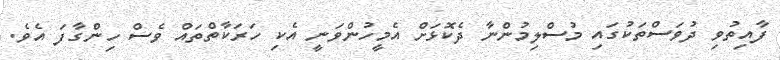
ފާއިތުވި ދުވަސްތަކުގައި މުސްލިމުންނާ ދެކޮޅަށް އެމީހުންވަނީ އެކި ހަރަކާތްތައް ވެސް ހިންގާފަ އެވެ.